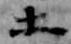
等